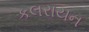
કલરાયન